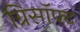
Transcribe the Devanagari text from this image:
ग्रिसॉफ्‍ट